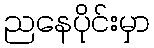
ညနေပိုင်းမှာ